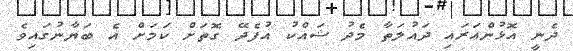
ދެނީ އޮޅުންއަރައި ދައުލަތާ މެދު ޝައްކު އުފެދޭ ގޮތަށް ކަމަށް އެ ބަޔާނުގައިވެ